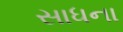
સાધના